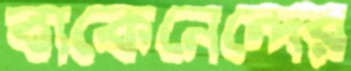
বাকেনেন্দের